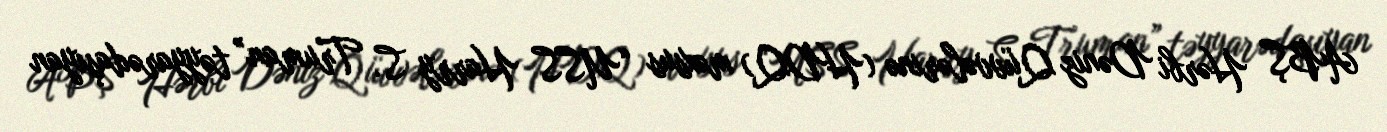
ABŞ Hərbi Dəniz Qüvvələrinə (HDQ) məxsus “USS Harry S. Truman” təyyarədaşıyan